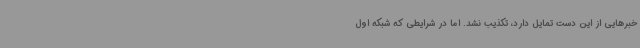
خبرهایی از این دست تمایل دارد، تکذیب نشد. اما در شرایطی که شبکه اول